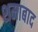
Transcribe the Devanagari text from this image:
शमाबाद